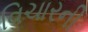
વિચારની